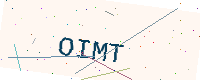
Text: OIMT